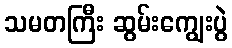
သမတကြီး ဆွမ်းကျွေးပွဲ